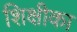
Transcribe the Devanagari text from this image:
शिक्षीका